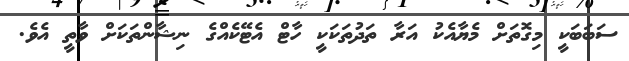
ސަބަބަކީ މިގޮތަށް މެޔާއެކު އަރާ ތަދުތަކަކީ ހާޓް އެޓޭކެއްގެ ނިޝާންތަކަށް ވާތީ އެވެ.